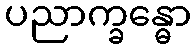
ပညာက္ခန္ဓော